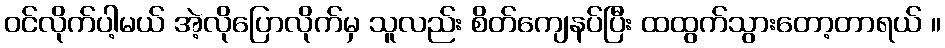
ဝင်လိုက်ပါ့မယ် အဲ့လိုပြောလိုက်မှ သူလည်း စိတ်ကျေနပ်ပြီး ထထွက်သွားတော့တာရယ် ။